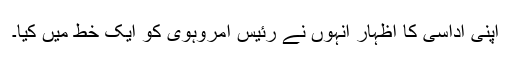
اپنی اداسی کا اظہار انہوں نے رئیس امروہوی کو ایک خط میں کیا۔